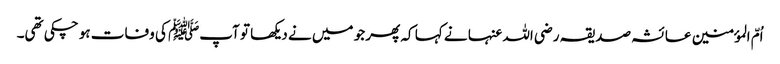
اُمّ المؤمنین عائشہ صدیقہ رضی اللہ عنہا نے کہا کہ پھر جو میں نے دیکھا تو آپﷺ کی وفات ہو چکی تھی۔